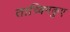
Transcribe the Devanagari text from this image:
ताच्क्निकुए